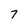
Character: 7